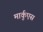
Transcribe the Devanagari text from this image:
मार्कुएस